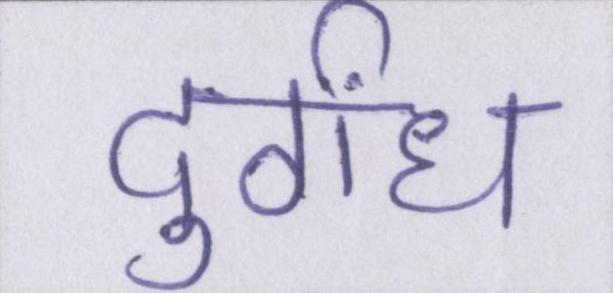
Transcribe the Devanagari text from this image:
दुर्गंध